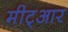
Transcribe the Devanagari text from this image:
मीट्आर